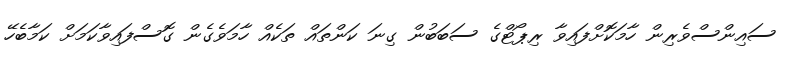
ސައިންސްވެރިން ހާމަކޮށްފައިވާ ރިޕޯޓްގެ ސަބަބުން ގިނަ ކަންތައް ތަކެއް ހާމަވެގެން ގޮސްފައިވާކަމަށް ކަމާބެހޭ